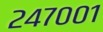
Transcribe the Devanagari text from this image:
२४७००१